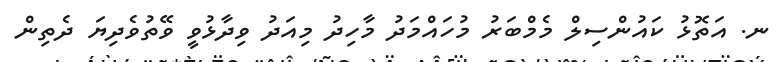
ނ. އަތޮޅު ކައުންސިލް މެމްބަރު މުހައްމަދު މާހިދު މިއަދު ވިދާޅުވީ ވޭތުވެދިޔަ ދެތިން